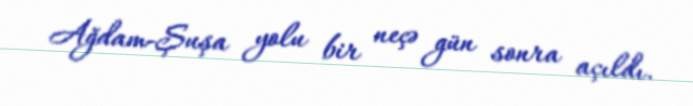
Ağdam-Şuşa yolu bir neçə gün sonra açıldı.